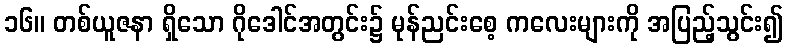
၁၆။ တစ်ယူဇနာ ရှိသော ဂိုဒေါင်အတွင်း၌ မုန်ညင်းစေ့ ကလေးများကို အပြည့်သွင်း၍